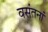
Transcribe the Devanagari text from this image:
वसंतनां